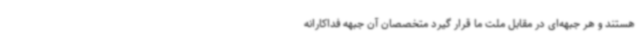
هستند و هر جبهه‌ای در مقابل ملت ما قرار گیرد متخصصان آن جبهه فداکارانه